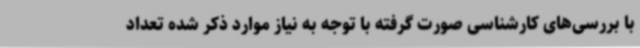
با بررسی‌های کارشناسی صورت گرفته با توجه به نیاز موارد ذکر شده تعداد